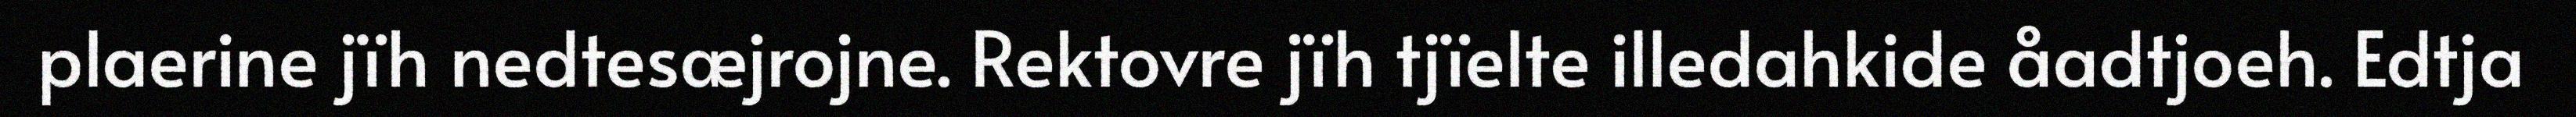
plaerine jïh nedtesæjrojne. Rektovre jïh tjïelte illedahkide åadtjoeh. Edtja